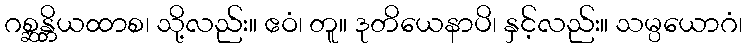
ဂစ္ဆန္တိယထာစ၊ သို့လည်း။ ဧဝံ၊ တူ။ ဒုတိယေနာပိ၊ နှင့်လည်း။ သမ္ပယောဂံ၊